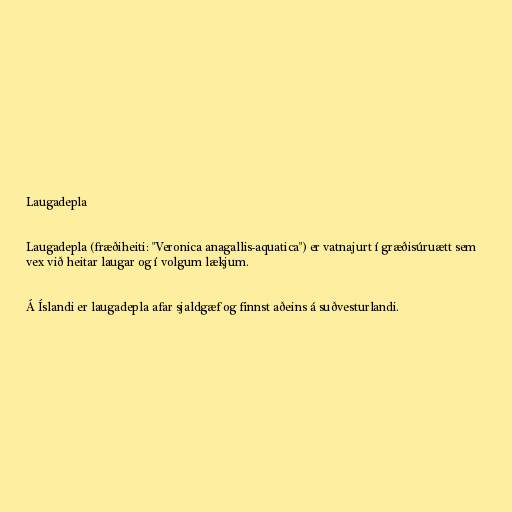
Laugadepla

Laugadepla (fræðiheiti: "Veronica anagallis-aquatica") er vatnajurt í græðisúruætt sem
vex við heitar laugar og í volgum lækjum.

Á Íslandi er laugadepla afar sjaldgæf og finnst aðeins á suðvesturlandi.